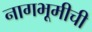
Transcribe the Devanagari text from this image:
नागभूमीची